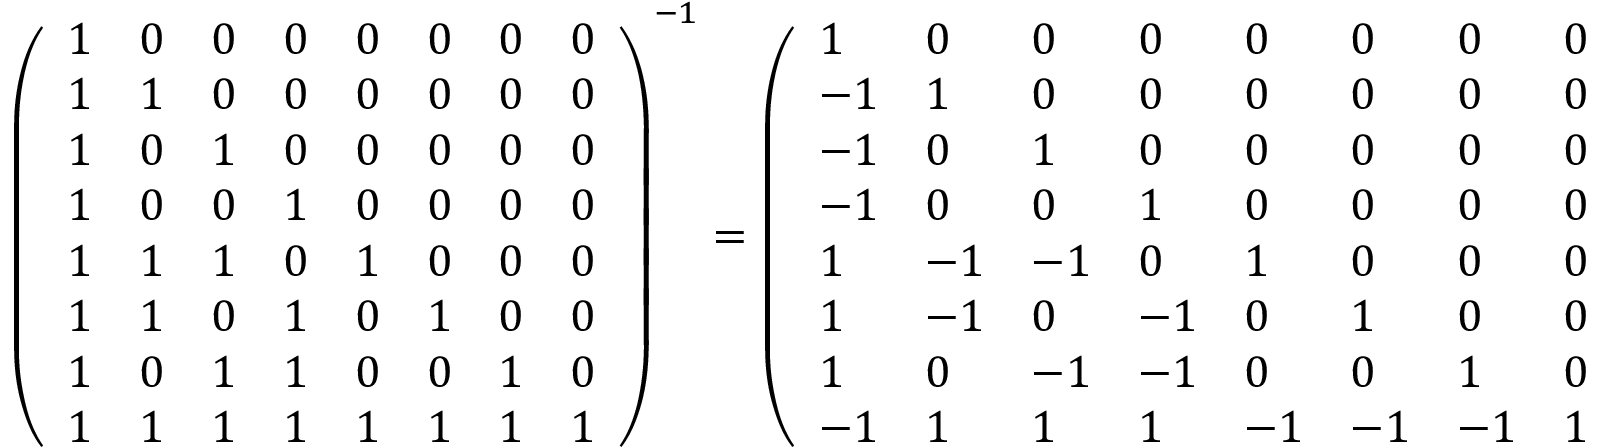
\left( \begin{array} { l l l l l l l l } { 1 } & { 0 } & { 0 } & { 0 } & { 0 } & { 0 } & { 0 } & { 0 } \\ { 1 } & { 1 } & { 0 } & { 0 } & { 0 } & { 0 } & { 0 } & { 0 } \\ { 1 } & { 0 } & { 1 } & { 0 } & { 0 } & { 0 } & { 0 } & { 0 } \\ { 1 } & { 0 } & { 0 } & { 1 } & { 0 } & { 0 } & { 0 } & { 0 } \\ { 1 } & { 1 } & { 1 } & { 0 } & { 1 } & { 0 } & { 0 } & { 0 } \\ { 1 } & { 1 } & { 0 } & { 1 } & { 0 } & { 1 } & { 0 } & { 0 } \\ { 1 } & { 0 } & { 1 } & { 1 } & { 0 } & { 0 } & { 1 } & { 0 } \\ { 1 } & { 1 } & { 1 } & { 1 } & { 1 } & { 1 } & { 1 } & { 1 } \end{array} \right) ^ { - 1 } = \left( \begin{array} { l l l l l l l l } { 1 } & { 0 } & { 0 } & { 0 } & { 0 } & { 0 } & { 0 } & { 0 } \\ { - 1 } & { 1 } & { 0 } & { 0 } & { 0 } & { 0 } & { 0 } & { 0 } \\ { - 1 } & { 0 } & { 1 } & { 0 } & { 0 } & { 0 } & { 0 } & { 0 } \\ { - 1 } & { 0 } & { 0 } & { 1 } & { 0 } & { 0 } & { 0 } & { 0 } \\ { 1 } & { - 1 } & { - 1 } & { 0 } & { 1 } & { 0 } & { 0 } & { 0 } \\ { 1 } & { - 1 } & { 0 } & { - 1 } & { 0 } & { 1 } & { 0 } & { 0 } \\ { 1 } & { 0 } & { - 1 } & { - 1 } & { 0 } & { 0 } & { 1 } & { 0 } \\ { - 1 } & { 1 } & { 1 } & { 1 } & { - 1 } & { - 1 } & { - 1 } & { 1 } \end{array} \right) .